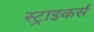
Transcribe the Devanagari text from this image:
स्‍ट्राइकर्स